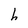
Character: h